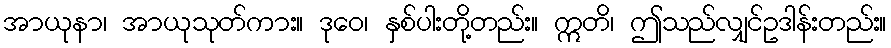
အာယုနာ၊ အာယုသုတ်ကား။ ဒုဝေ၊ နှစ်ပါးတို့တည်း။ ဣတိ၊ ဤသည်လျှင်ဥဒါန်းတည်း။